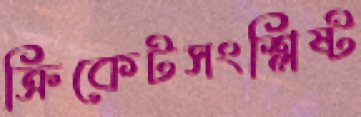
ক্রিকেটসংশ্লিষ্ট